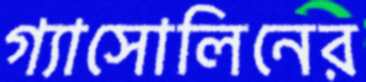
গ্যাসোলিনের